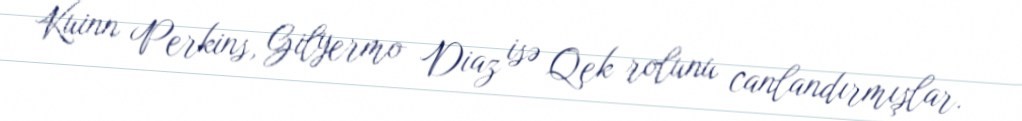
Kuinn Perkins, Gilyermo Diaz isə Qek rolunu canlandırmışlar.